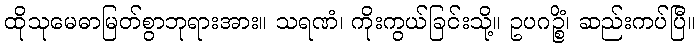
ထိုသုမေဓာမြတ်စွာဘုရားအား။ သရဏံ၊ ကိုးကွယ်ခြင်းသို့။ ဥပဂဉ္စိံ၊ ဆည်းကပ်ပြီ။